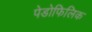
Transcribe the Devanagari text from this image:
पेडोफिलिक